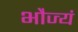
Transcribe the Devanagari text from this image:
भौज्यं